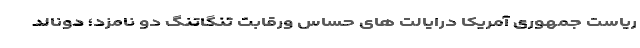
ریاست جمهوری آمریکا درایالت های حساس ورقابت تنگاتنگ دو نامزد؛ دونالد